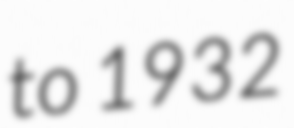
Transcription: to 1932